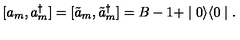
[ a _ { m } , a _ { m } ^ { \dagger } ] = [ \tilde { a } _ { m } , \tilde { a } _ { m } ^ { \dagger } ] = B - 1 + \mid 0 \rangle \langle 0 \mid .